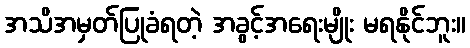
အသိအမှတ်ပြုခံရတဲ့ အခွင့်အရေးမျိုး မရနိုင်ဘူး။